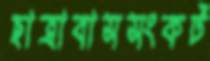
ছাত্রাবাসসংকট